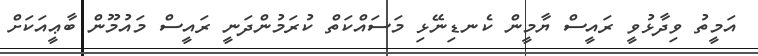
އަމީތު ވިދާޅުވީ ރައީސް ޔާމީން ކެނޑިނޭޅި މަސައްކަތް ކުރަމުންދަނީ ރައީސް މައުމޫން ބާޢީއަކަށް